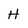
Character: H